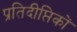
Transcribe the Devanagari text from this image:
प्रतिदीप्तिकों